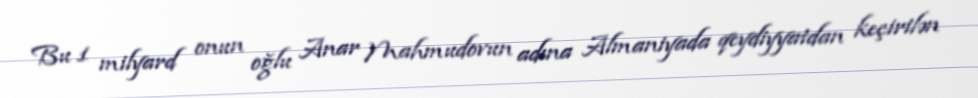
Bu 1 milyard onun oğlu Anar Mahmudovun adına Almaniyada qeydiyyatdan keçirilən